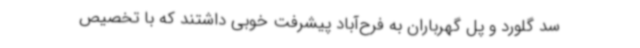
سد گلورد و پل گهرباران به فرح‌آباد پیشرفت خوبی داشتند که با تخصیص